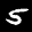
Label: 5